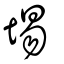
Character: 埸